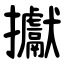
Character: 㩵